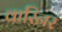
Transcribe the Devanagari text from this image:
वारिनर